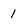
Character: 1